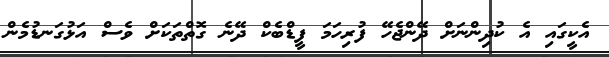
އެކީގައި އެ ކުދިންނަށް ދޭންޖެހޭ ފުރިހަމަ ފީޑްބެކް ދޭނެ ގޮތްތަކަށް ވެސް އަޅުގަނޑުމެން